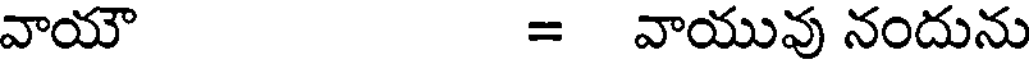
వాయౌ = వాయువు నందును